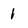
Character: l